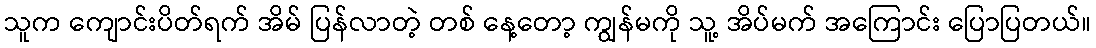
သူက ကျောင်းပိတ်ရက် အိမ် ပြန်လာတဲ့ တစ် နေ့တော့ ကျွန်မကို သူ့ အိပ်မက် အကြောင်း ပြောပြတယ်။